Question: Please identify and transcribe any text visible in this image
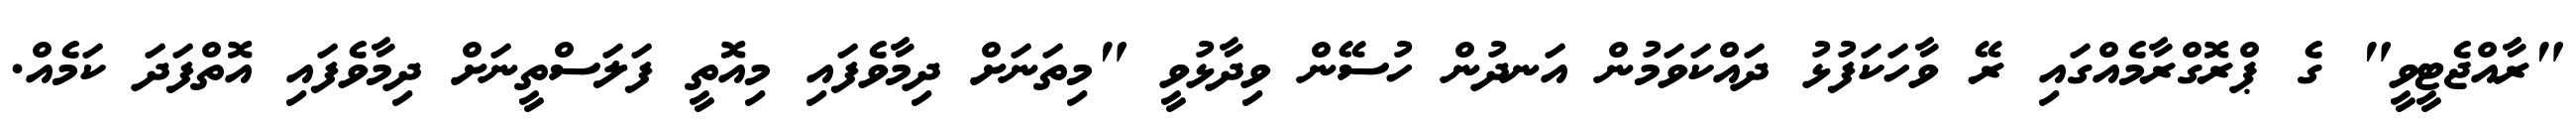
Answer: "ރާއްޖެޓީވީ" ގެ ޕްރޮގްރާމެއްގައި ރޭ ވާހަކަފުޅު ދައްކަވަމުން އަނދުން ހުސޭން ވިދާޅުވީ "މިތަނަށް ދިމާވެފައި މިއޮތީ ފަލަސްތީނަށް ދިމާވެފައި އޮތްފަދަ ކަމެއް.